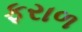
ફરાળ